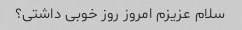
سلام عزیزم امروز روز خوبی داشتی؟